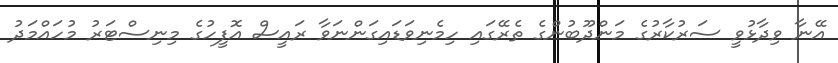
އޭނާ ވިދާޅުވީ ސަރުކާރުގެ މަންދޫބުންގެ ތެރޭގައި ހިމެނިވަޑައިގަންނަވާ ރައީސް އޮފީހުގެ މިނިސްޓަރު މުހައްމަދު